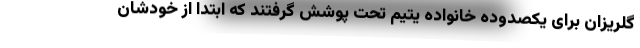
گلریزان برای یکصدوده خانواده یتیم تحت پوشش گرفتند که ابتدا از خودشان